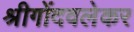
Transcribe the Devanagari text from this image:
श्रीगोंदवलेकर